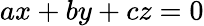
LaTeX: ax+by+cz=0